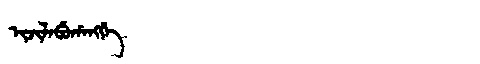
Manchu: ᡳᠵᡳᠯᠠᠪᡠᡥᠠᠩᡤᡝ
Romanization: IJILABUHANGGE